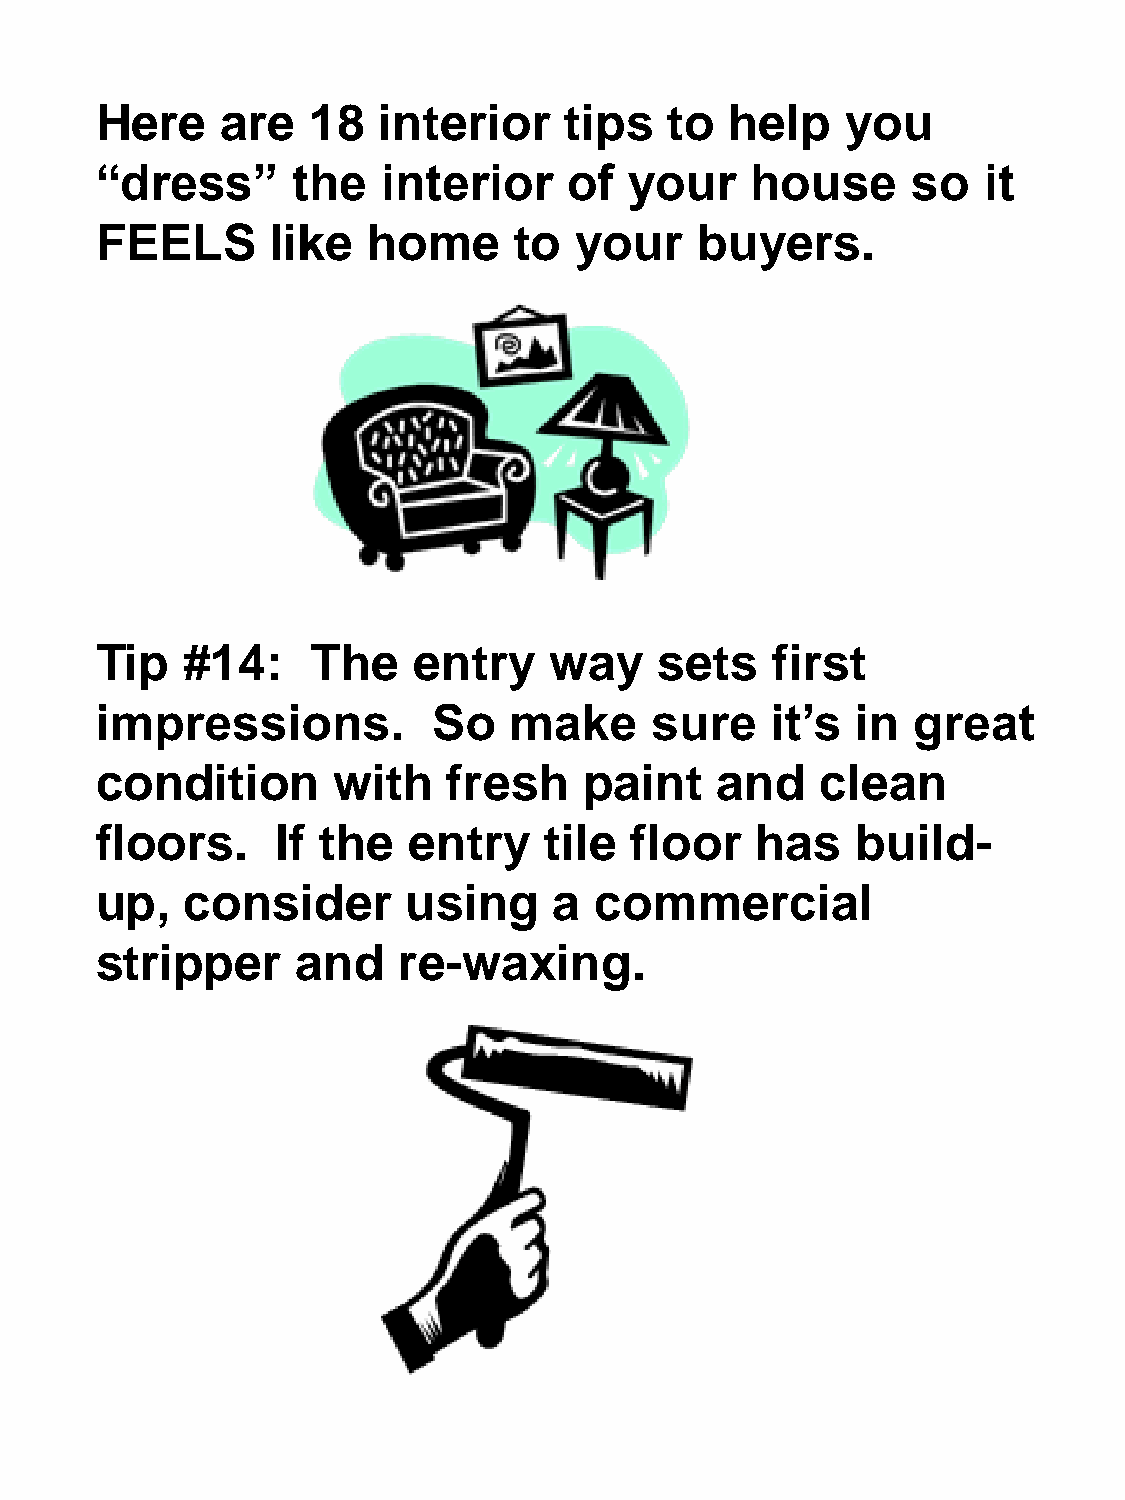
Here     are   18  interior    tips   to  help    you
 “dress”      the   interior     of  your    house     so   it
 FEELS       like  home      to  your    buyers.
 Tip   #14:     The   entry    way     sets   first
 impressions.           So   make     sure    it’s  in great
 condition       with    fresh    paint   and    clean
 floors.     If the   entry    tile  floor   has    build-
 up,   consider       using     a commercial
 stripper      and   re-waxing.